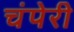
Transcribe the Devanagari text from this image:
चंपेरी